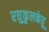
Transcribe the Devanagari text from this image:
रघुकुलकेतू